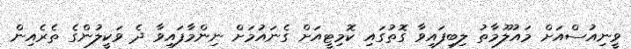
ވީނިއުސްއަށް މައުލޫމާތު ލިބިފައިވާ ގޮތުގައި ކޮމިޓީއަށް ގެނައުމަށް ނިންމާފައިވާ ދެ ވަކީލުންގެ ތެރެއިން